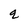
Character: q